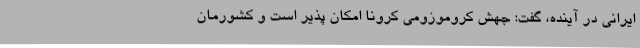
ایرانی در آینده، گفت: جهش کروموزومی کرونا امکان پذیر است و کشورمان